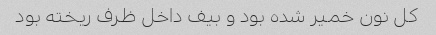
کل نون خمیر شده بود و بیف داخل ظرف ریخته بود